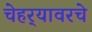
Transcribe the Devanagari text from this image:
चेहर्‍यावरचे